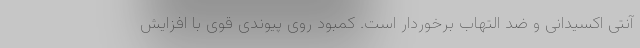
آنتی اکسیدانی و ضد التهاب برخوردار است. کمبود روی پیوندی قوی با افزایش